Vaccination in Bombay 1869-1873 - 1869-1873
Year: 1869
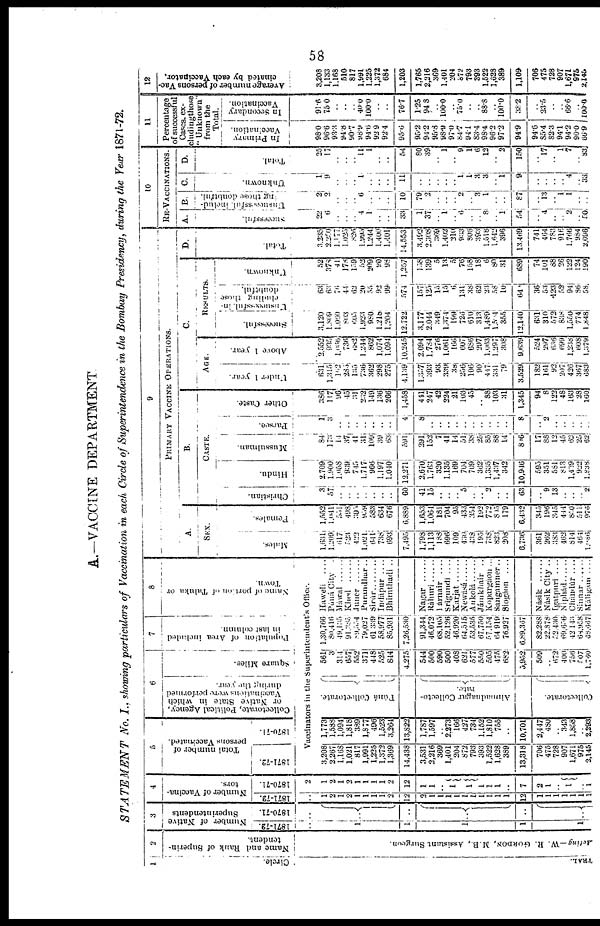
58
A.—VACCINE DEPARTMENT
STATEMENT
No. I., showing particulars of Vaccination in each Circle of Superintendence in the Bombay Presidency, during the Year 1871-72.
1
Circle.
TRAL.
2
Name and Rank of Superin-
tendent.
Acting—W.
R. GORDON, M.B., Assistant Surgeon.
3
Number of Native
Superintendents
1871-72.
..
1
1
1
1
1
1870-71.
..
..
..
..
..
4
Number of Vaccina-
tors.
1871-72.
..
1
2
1
2
1
1
1
1
2
12
2
1
1
1
1
1
1
1
1
1
1
12
1
1
1
1
1
1 1
1870-71.
2
1
2
1
2
1
1
1
1
2
12
1
1
..
1
1
1
1
1
..
7
2
1
..
1
..
1
5
Total number of
persons Vaccinated.
1871-72.
1870-71.
6
Collectorate,
Political Agency,
or Native State in which
Vaccinations were performed
during the year.
Square Miles.
7
Population of Area included
in
last
column.
8
Name, of portion of Taluka or
Town.
Vaccinators in the Superintendent's Office.
3,208
2,267
1,168
1,021
817
1,991
1,225
1,372
1,369
14,438
3,531
2,216
369
1,401
204
872
793
393
1,522
1,628
389
13,318
706
475
728
907
1,671
975
2,145
1,773
1,588
1,094
1,818
389
1,877
496
1,523
3,264
13,822
1,787
1,597
.. 2,273
166
427
734
1,152
1,810
755
..
10,701
2,447
480
.. 343
1,858
.. 2,293
Púná Collectorate.
Ahmadnagar Collecto-
rate.
Collectorate.
561
3
314
657
552
371
448
525
844
4,275
544
500
590
500
408
621
577
550
505
475
682
5,952
509
..
672
400
756
507
1,760
1,30,766
80,416
49,135
91,385
89,554
79,027
61,339
58,977
85,931
7,26,530
91,344
46,072
68,105
52,126
46,920
64,515
53,535
67,750
57,154
64,919
76,927
6,89,367
82,288
22,878
52,430
69,656
42,143
68,958
68,667
Haweli
....
Púná City .
Máwal
Khed
Juner .......
Purandhar ..
Sirúr
Indápur ....
Bhimthadi ..
Nagar
Ráhuri
Párnair
....
Srìgundi ....
Karjat
Newásá
Ankolá
Jámkhair
..
Kopargáon ...
Sangamner..
Siogáon
....
Násik
Násik City ..
Igatpuri ....
Niphád
Chándúr....
Sinnar
Máligam ....
9
PRIMARY VACCINE OPERATIONS.
A.
SEX.
Males.
1,631
1,209
617
523
422
1,021
641
738
693
7,495
1,798
1,113
188
696
109
430
438
195
738
823
208
6,736
361
262
383
462
814
464
1,086
Females.
1,552
1,041
551
498
395
959
583
634
676
6,889
1,653
1,064
181
704
95
433
354
192
772
805
179
6,432
345
196
345
444
850
511
976
B.
CASTE.
Christian.
3
57
..
..
..
..
..
..
..
60
41
15
..
..
.. 5
..
.. 2
..
..
63
..
9
13
..
..
.. 2
Hindu.
2,709
1,900
1,058
939
745
1,717
966
1,197
1,040
12,271
2,670
1,763
320
1,135
169
704
709
362
1,335
1,437
342
10,946
595
351
581
813
1,439
922
1,838
Mussulman.
84
173
14
37
41
31
109
39
63
591
291
152
7
41
14
51
38
25
85
88
14
846
17
88
12
45
62
25
62
Parsee.
1
3
..
..
..
..
..
..
..
4
8
..
..
..
..
..
..
..
..
..
..
8
..
2
..
..
..
..
..
Other Caste.
386
117
96
45
31
232
149
136
266
1,458
441
247
42
224
21
103
45
.. 88
103
31
1,345
94
8
122
48
163
28
160
C.
AGE.
Under 1 year.
631
1,315
162
285
135
736
362
298
275
4,139
1,357
393
93
339
38
256
106
90
447
331
79
3,529
182
161
92
207
426
367
683
Above 1 year.
2,552
935
1,056
736
682
1,244
862
1,074
1,094
10,245
2,094
1,784
276
1,061
166
607
686
297
1,063
1,297
308
9,639
524
297
636
699
1,238
608
1,379
RESULTS.
Successful.
3,120
1,809
1,050
803
605
1,923
980
1,218
1,204
12,722
3,177
2,044
349
1,374
199
726
610
313
1,489
1,504
355
12,140
631
310
572
838
1,550
774
1,848
Unsuccessful in-
cluding those
doubtful.
63
63
76
44
62
20
55
92
99
574
157
125
15
15
6
131
38
62
23
58
10
64
36
53
423
52
94
86
58
Unknown.
52
378
41
178
159
52
209
90
98
1,257
158
139
5
13
5
76
158
18
6
80
31
689
74
101
88
26
122
124
190
D .
Total.
3,235
2,260
1,177
1,025
826
1,995
1,244
1,400
1,401
14,553
3,492
2,308
369
1,402
210
933
806
393
1,518
1,642
396
13,469
741
464
783
916
1,766
984
2,096
10
RE-VACCINATIONS.
A.
Successful.
22
6
..
..
.. 4
1
..
..
33
1
37
.. 1
..
6
..
.. 8
.. 1
54
..
4
..
..
2
..
50
B.
Unsuccessful includ¬
ing those doubtful.
2
2
..
..
.. 6
..
..
..
10
79
2
..
..
..
2
.. 3
1
..
..
87
..
13
.. 1
1
..
..
C.
Unknown.
1
9
..
..
.. 1
..
..
..
11
..
..
..
..
.. 1
1
3 3
.. 1
9
..
..
..
.. 4
.. 33
D.
Total.
25
17
..
..
.. 11
1
.. ..
54
80
39
.. 1
.. 9
1
6
12
.. 2
150
..
17
.. 1
7
.. 83
11
Percentage
of successful
Cases, ex-
cluding those
"Unknown"
from the
Total.
In Primary
Vaccination.
98.0
96.6
93.3
94.8
90.7
98.9
94.6
92.9
92.4
95.6
95.2
94.2
95.3
98.9
97.0
84.7
94.1
83.4
98.4
96.2
97.2
94.9
94.6
85.4
82.3
94.1
94.2
90.0
66.9
In Secondary
Vaccination.
91.6
75.0
..
..
.. 40.0
100.0
..
..
76.7
1.25
94.8
.. 100.0
.. 75.0
..
.. 88.8
.. 100.0
38.2
..
23.5
..
.. 66.6
.. 100.0
12
Average number of persons Vac-
cinated by each Vaccinator.
3,208
1,133
1,168
510
817
1,991
1,225
1,372
684
1,203
1,765
2,216
369
1,401
204
872
793
393
1,522
1,628
389
1,109
706
475
728
907
1,671
975
2,145